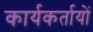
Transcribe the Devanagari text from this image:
कार्यकर्तायों